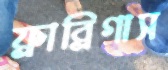
ফ্রাব্রিগাস